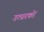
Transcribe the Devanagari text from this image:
उत्प्ररकों